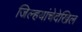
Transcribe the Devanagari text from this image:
जिल्हयांचेदेखिल